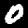
Digit: 0